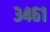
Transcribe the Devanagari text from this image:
३४६१